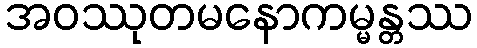
အဝဿုတမနောကမ္မန္တဿ